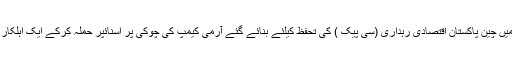
کل بالگترہی میں چین پاکستان اقتصادی رہداری (سی پیک ) کی تحفظ کیلئے بنائے گئے آرمی کیمپ کی چوکی پر اسنائپر حملہ کرکے ایک اہلکار کو ہلاک کیا۔